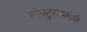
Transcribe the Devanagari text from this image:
स्पेक्ट्ररोस्कोपी